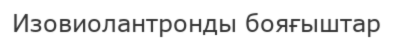
Изовиолантронды бояғыштар